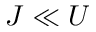
J \ll U